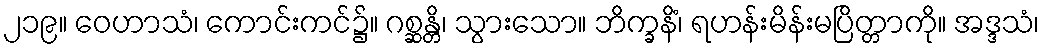
၂၁၉။ ဝေဟာသံ၊ ကောင်းကင်၌။ ဂစ္ဆန္တိ၊ သွားသော။ ဘိက္ခနိံ၊ ရဟန်းမိန်းမပြိတ္တာကို။ အဒ္ဒသံ၊